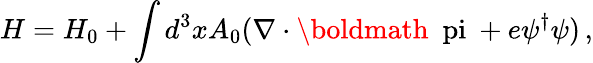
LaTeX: H=H_{0}+\int d^{3}xA_{0}(\nabla\cdot\mathrm{\boldmath~\ pi~}+e\psi^{\dagger}\psi)\, ,